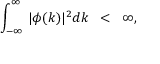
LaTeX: \int _ { - \infty } ^ { \infty } \, | \phi ( k ) | ^ { 2 } d k \; \; < \; \; \infty ,